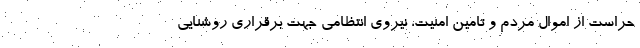
حراست از اموال مردم و تامین امنیت، نیروی انتظامی جهت برقراری روشنایی